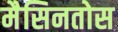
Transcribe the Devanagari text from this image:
मैसिनतोस